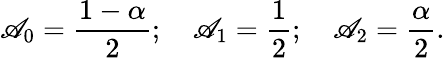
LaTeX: \mathscr{A}_{0}={\frac{{1-\alpha}}{{2}}};\quad\mathscr{A}_{1}={\frac{{1}}{{2}}};\quad\mathscr{A}_{2}={\frac{{\alpha}}{{2}}}.